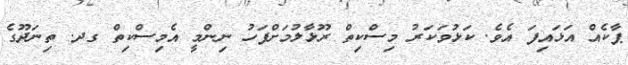
ޕާކެއް އަޅައިފަ އެވެ. ކަޅުވަކަރު މިސްކިތް ރޫޅާލުމަށްފަހު ނިންމީ އެމިސްކިތް ގދ. ތިނަދޫގެ